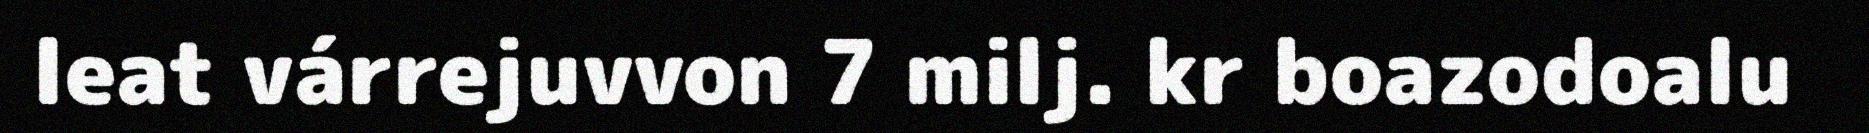
leat várrejuvvon 7 milj. kr boazodoalu